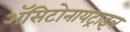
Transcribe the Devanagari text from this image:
ॲसिटोनायट्राइल